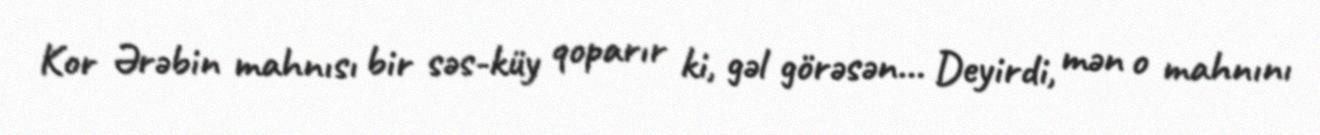
Kor Ərəbin mahnısı bir səs-küy qoparır ki, gəl görəsən… Deyirdi, mən o mahnını